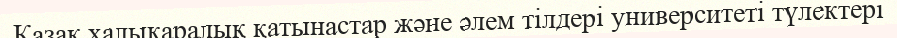
Қазақ халықаралық қатынастар және әлем тілдері университеті түлектері